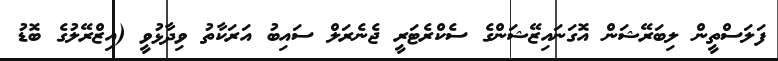
ފަލަސްތީން ލިބަރޭޝަން އޮގަަނައިޒޭޝަންގެ ސެކްރެޓަރީ ޖެނެރަލް ސައިބު އަރަކާތު ވިދާޅުވީ (އިޒްރޭލުގެ ބޮޑު